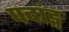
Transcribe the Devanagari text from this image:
पदांङ्ग